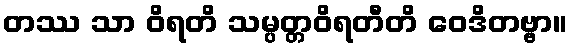
တဿ သာ ဝိရတိ သမ္ပတ္တဝိရတီတိ ဝေဒိတဗ္ဗာ။